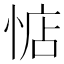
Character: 惦